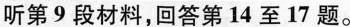
听第9段材料,回答第14 至 17 题。